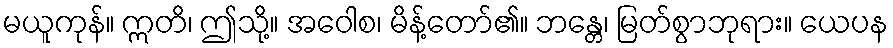
မယူကုန်။ ဣတိ၊ ဤသို့။ အဝေါစ၊ မိန့်တော်၏။ ဘန္တေ၊ မြတ်စွာဘုရား။ ယေပန